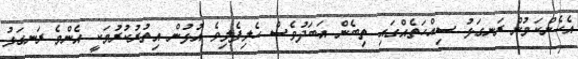
އެހެންކަމުން ރަނގަޅު ސިއްހަތެއްގައި ތިބެން އަބަދުވެސް ހެލިފެލިވެ އުޅުން އިތުރުކުރުމަކީ އެންމެ ރަނގަޅު